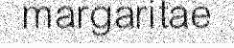
margaritae